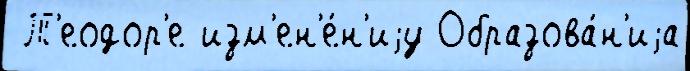
 Т'еодор'е изм'ен'е́н'иjу Образова́н'иjа